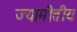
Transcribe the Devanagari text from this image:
ज्यामीतीय